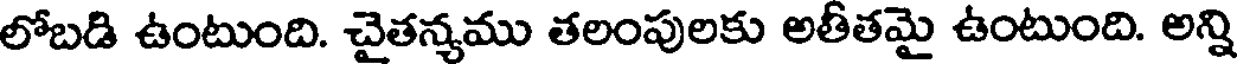
లోబడి ఉంటుంది. చైతన్యము తలంపులకు అతీతమై ఉంటుంది. అన్ని